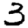
Digit: 3